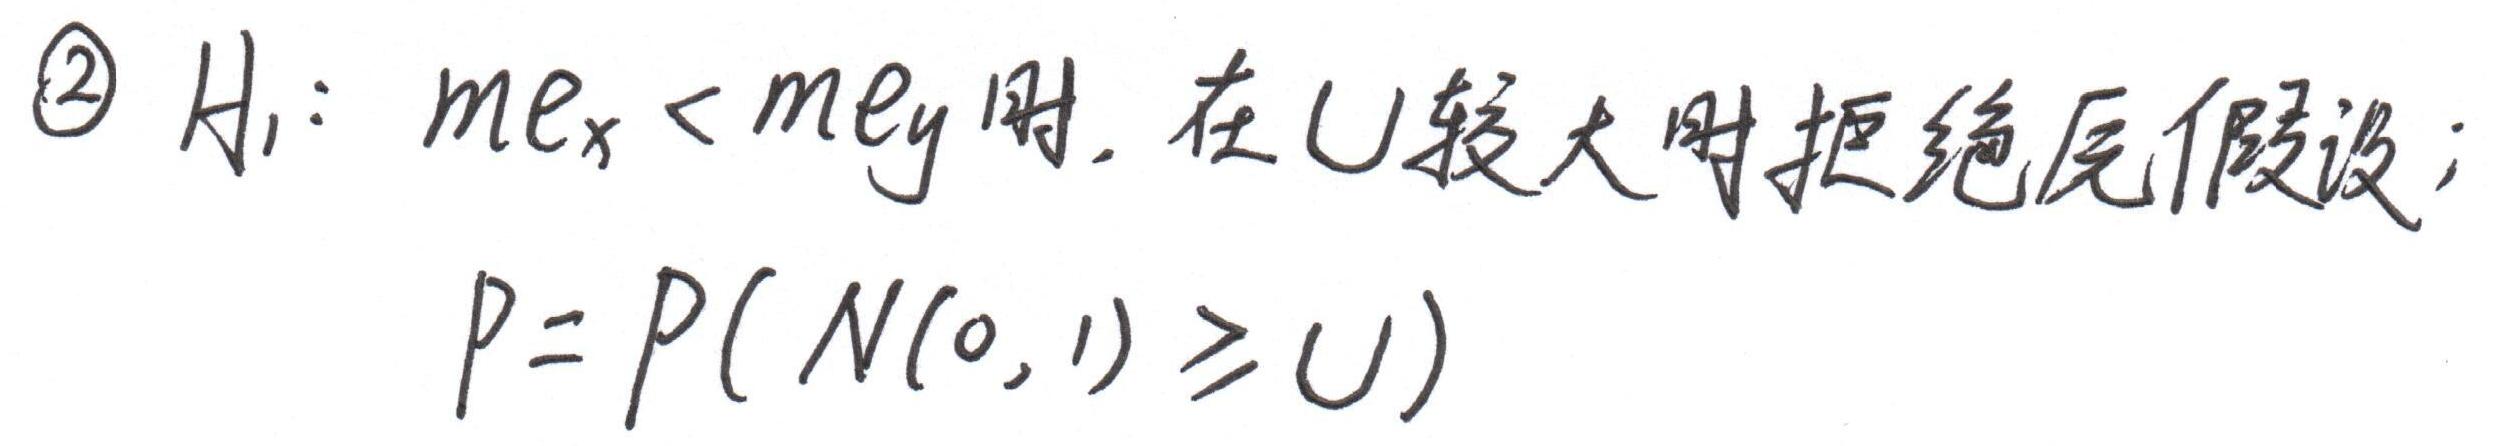
$\textcircled{2} H_1: me_x < me_y $时, 在 U 较大时拒绝原假设;\\
$P = P(N(0, 1) \geq U)$